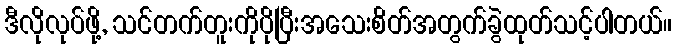
ဒီလိုလုပ်ဖို့, သင်တက်တူးကိုပိုပြီးအသေးစိတ်အတွက်ခွဲထုတ်သင့်ပါတယ်။